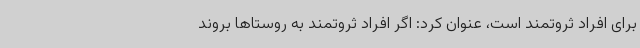
برای افراد ثروتمند است، عنوان کرد: اگر افراد ثروتمند به روستاها بروند